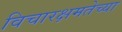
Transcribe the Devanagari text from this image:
विचारक्षमतेच्या